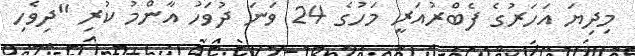
މިދިޔަ އަހަރުގެ ފެބްރުއަރީ މަހުގެ 24 ވަނަ ދުވަހު އާންމު ކުރި "ދިވެހި